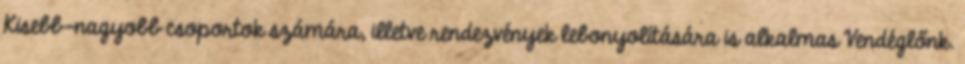
Kisebb-nagyobb csoportok számára, illetve rendezvények lebonyolítására is alkalmas Vendéglőnk.